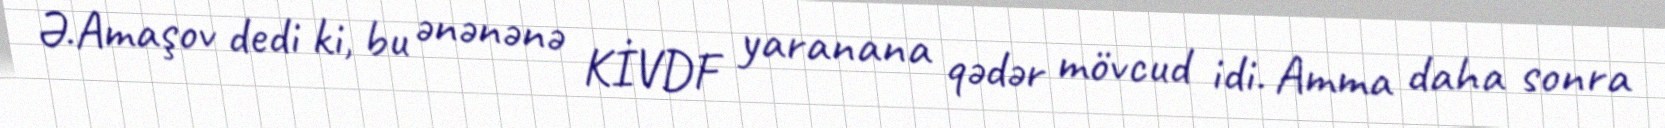
Ə.Amaşov dedi ki, bu ənənənə KİVDF yaranana qədər mövcud idi. Amma daha sonra